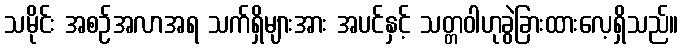
သမိုင်း အစဉ်အလာအရ သက်ရှိများအား အပင်နှင့် သတ္တဝါဟုခွဲခြားထားလေ့ရှိသည်။